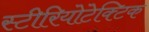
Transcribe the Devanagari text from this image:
स्टीरियोटेक्टिक